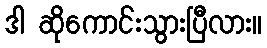
ဒါ ဆိုကောင်းသွားပြီလား။